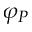
\varphi _ { P }